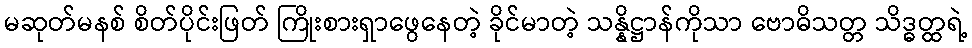
မဆုတ်မနစ် စိတ်ပိုင်းဖြတ် ကြိုးစားရှာဖွေနေတဲ့ ခိုင်မာတဲ့ သန္နိဋ္ဌာန်ကိုသာ ဗောဓိသတ္တ သိဒ္ဓတ္ထရဲ့